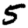
Digit: 5